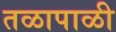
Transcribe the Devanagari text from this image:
तळापाळी